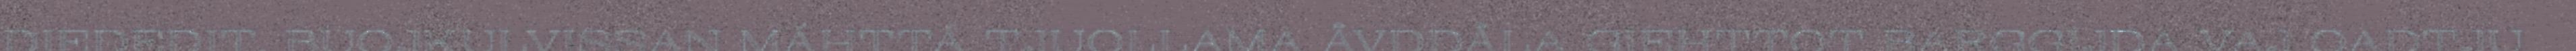
DIEDEDIT. BUOJKULVISSAN MÁHTTÁ TJUOLLAMA ÅVDDÅLA GIEHTTOT BARGGIJDA VAJ OADTJU